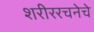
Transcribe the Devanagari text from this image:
शरीररचनेचे